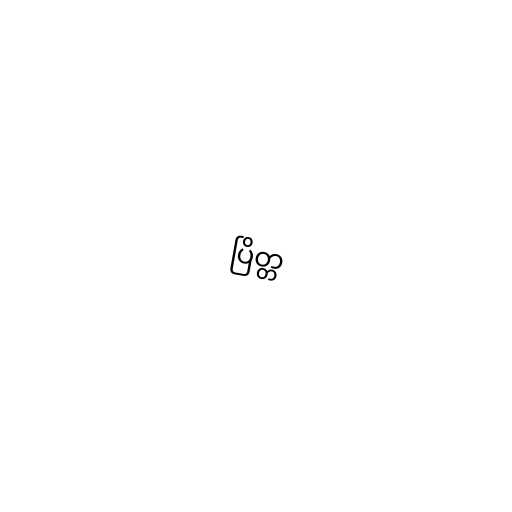
ပြိတ္တ